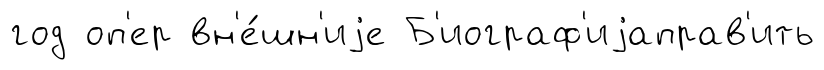
год оп'ер вн'е́шн'иjе Б'иограф'иjаправ'ить